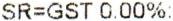
SR=GST 0.00%: